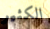
الكثير